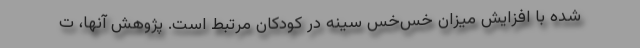
شده با افزایش میزان خس‌خس سینه در کودکان مرتبط است. پژوهش آنها، ت